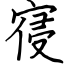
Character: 寑